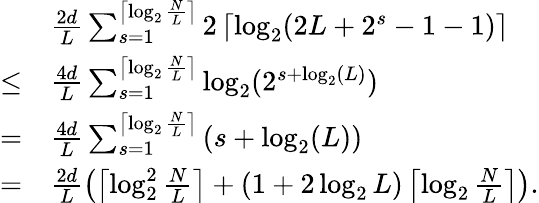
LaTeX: \begin{array}{rl}&{\frac{2d}{L}\sum_{s=1}^{\left\lceil\log_{2}\frac{N}{L}\right\rceil}2\left\lceil\log_{2}(2L+2^{s}-1-1)\right\rceil}\\ {\le}&{\frac{4d}{L}\sum_{s=1}^{\left\lceil\log_{2}\frac{N}{L}\right\rceil}\log_{2}(2^{s+\log_{2}(L)})}\\ {=}&{\frac{4d}{L}\sum_{s=1}^{\left\lceil\log_{2}\frac{N}{L}\right\rceil}\left(s+\log_{2}(L)\right)}\\ {=}&{\frac{2d}{L}\left(\left\lceil\log_{2}^{2}\frac{N}{L}\right\rceil+(1+2\log_{2}L)\left\lceil\log_{2}\frac{N}{L}\right\rceil\right).}\end{array}